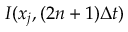
{ \cal I } ( x _ { j } , ( 2 n + 1 ) \Delta t )